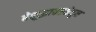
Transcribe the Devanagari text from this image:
बेशुद्धावस्थेतून